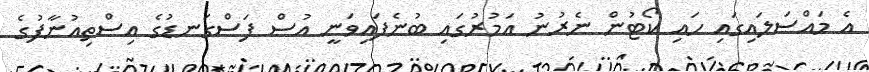
އެ މައްސަލައިގައި ހައި ކޯޓުން ނެރުނު އަމުރުގައި ބުނެފައިވަނީ އުސް ފަސްގަނޑުގެ އިސްތިއުނާފުގެ